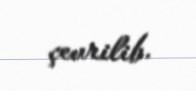
çevrilib.